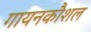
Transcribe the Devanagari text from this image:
गायनकौशल